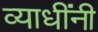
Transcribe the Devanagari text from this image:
व्याधींनी